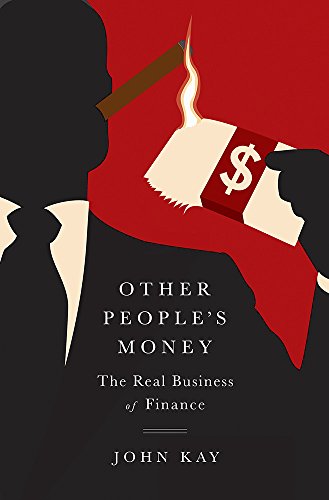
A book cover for Other People's Money: The Real Business of Finance; John Kay; Business & Money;